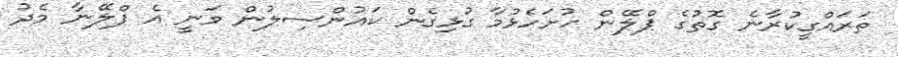
ތަރައްގީކުރާނެ ގޮތުގެ ޕްލޭން ހުށަހެޅުމާ ގުޅިގެން ކައުންސިލުން ވަނީ އެ ޕްލޭނާ މެދު